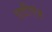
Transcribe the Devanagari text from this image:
एटीएंड